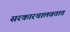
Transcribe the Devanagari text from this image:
सरकारचालवतात